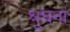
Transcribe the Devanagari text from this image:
श्रुघना